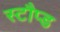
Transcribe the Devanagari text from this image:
स्टौप्ड